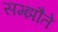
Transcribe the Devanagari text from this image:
सम्झौते